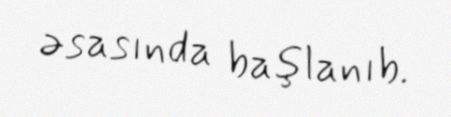
əsasında başlanıb.